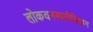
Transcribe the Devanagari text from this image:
लोकवनस्पतीविज्ञान